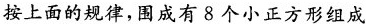
按上面的规律，围成有8个小正方形组成